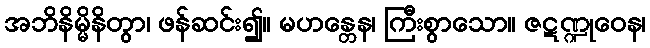
အဘိနိမ္မိနိတွာ၊ ဖန်ဆင်း၍။ မဟန္တေန၊ ကြီးစွာသော။ ဇဋဏ္ဍုဝေန၊